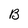
Character: B